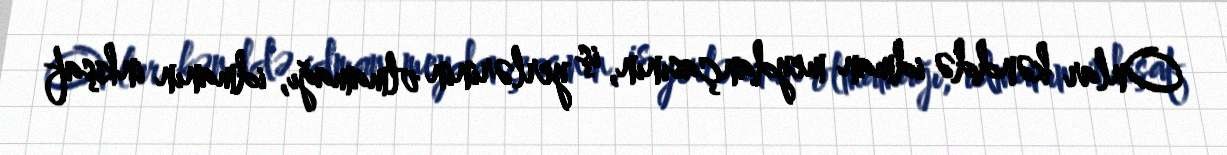
Onlar kənddə idman meydançasının, iş yerlərinin olmamağı, idmanın inkişaf